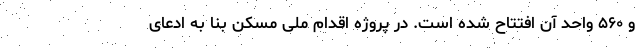
و ۵۶۰ واحد آن افتتاح شده است. در پروژه اقدام ملی مسکن بنا به ادعای